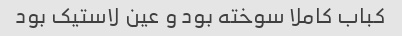
کباب کاملا سوخته بود و عین لاستیک بود